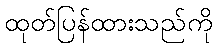
ထုတ်ပြန်ထားသည်ကို